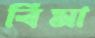
বিমা